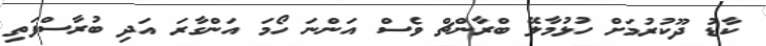
ކާޑު ދޫކުރުމަށް ހުޅުމާލޭ ބްރާންޗް ވެސް އަންނަ ހޯމަ އަންގާރަ އަދި ބުރާސްފަތި